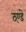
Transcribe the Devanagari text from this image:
ठ्ण्डे